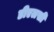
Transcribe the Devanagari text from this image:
डीएलसी